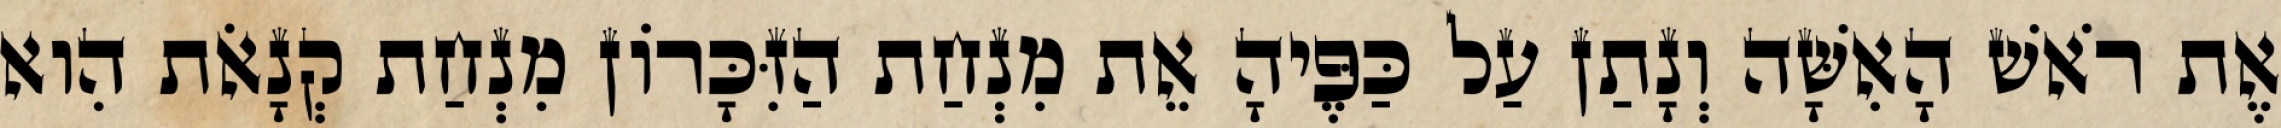
אֶת רֹאשׁ הָאִשָּׁה וְנָתַן עַל כַּפֶּיהָ אֵת מִנְחַת הַזִּכָּרוֹן מִנְחַת קְנָאֹת הִוא